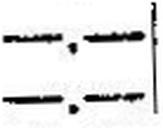
—.—